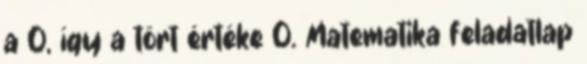
a 0, így a tört értéke 0. Matematika feladatlap